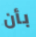
بأن